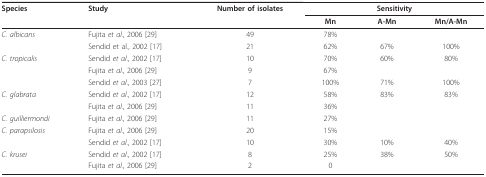
<table><thead><tr><td><b>Species</b></td><td><b>Study</b></td><td><b>Number of isolates</b></td><td colspan="3"><b>Sensitivity</b></td></tr><tr><td></td><td></td><td></td><td><b>Mn</b></td><td><b>A-Mn</b></td><td><b>Mn/A-Mn</b></td></tr></thead><tbody><tr><td><i>C. albicans</i></td><td>Fujita <i>et al</i>., 2006 [29]</td><td>49</td><td>78%</td><td></td><td></td></tr><tr><td></td><td>Sendid et al., 2002 [17]</td><td>21</td><td>62%</td><td>67%</td><td>100%</td></tr><tr><td><i>C. tropicalis</i></td><td>Sendid <i>et al</i>., 2002 [17]</td><td>10</td><td>70%</td><td>60%</td><td>80%</td></tr><tr><td></td><td>Fujita <i>et al</i>., 2006 [29]</td><td>9</td><td>67%</td><td></td><td></td></tr><tr><td></td><td>Sendid <i>et al</i>., 2003 [27]</td><td>7</td><td>100%</td><td>71%</td><td>100%</td></tr><tr><td><i>C. glabrata</i></td><td>Sendid <i>et al</i>., 2002 [17]</td><td>12</td><td>58%</td><td>83%</td><td>83%</td></tr><tr><td></td><td>Fujita <i>et al</i>., 2006 [29]</td><td>11</td><td>36%</td><td></td><td></td></tr><tr><td><i>C. guilliermondi</i></td><td>Fujita <i>et al</i>., 2006 [29]</td><td>11</td><td>27%</td><td></td><td></td></tr><tr><td><i>C. parapsilosis</i></td><td>Fujita <i>et al</i>., 2006 [29]</td><td>20</td><td>15%</td><td></td><td></td></tr><tr><td></td><td>Sendid <i>et al</i>., 2002 [17]</td><td>10</td><td>30%</td><td>10%</td><td>40%</td></tr><tr><td><i>C. krusei</i></td><td>Sendid <i>et al</i>., 2002 [17]</td><td>8</td><td>25%</td><td>38%</td><td>50%</td></tr><tr><td></td><td>Fujita <i>et al</i>., 2006 [29]</td><td>2</td><td>0</td><td></td><td></td></tr></tbody></table>